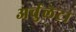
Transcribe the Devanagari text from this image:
अर्चुलेटा